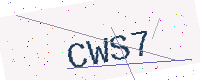
Text: CWS7